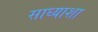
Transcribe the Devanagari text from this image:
साध्याशा